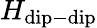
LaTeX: H_{\mathrm{dip-dip}}